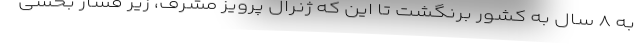
به ۸ سال به کشور برنگشت تا این که ژنرال پرویز مشرف، زیر فشار بخشی